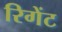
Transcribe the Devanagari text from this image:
रिगेंट